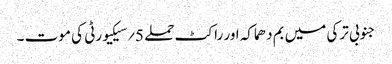
جنوبی ترکی میں بم دھماکہ اور راکٹ حملے 5؍سیکیورٹی کی موت ۔